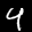
Label: 4